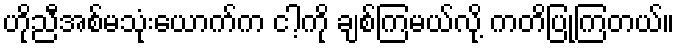
ဟိုညီအစ်မသုံးယောက်က ငါ့ကို ချစ်ကြမယ်လို့ ကတိပြုကြတယ်။